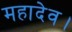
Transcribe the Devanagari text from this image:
महादेव।